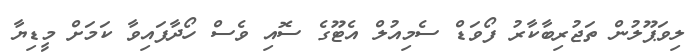
ލިވަޕޫލުން ތަޖުރިބާކާރު ފޯވަޑް ސެމިއުލް އެޓޫގެ ސޮއި ވެސް ހޯދާފައިވާ ކަމަށް މީޑިޔާ